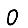
Digit: 0